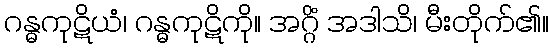
ဂန္ဓကုဋိယံ၊ ဂန္ဓကုဋိကို။ အဂ္ဂိံ အဒါသိ၊ မီးတိုက်၏။